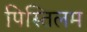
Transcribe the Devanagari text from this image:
पिस्तिलम